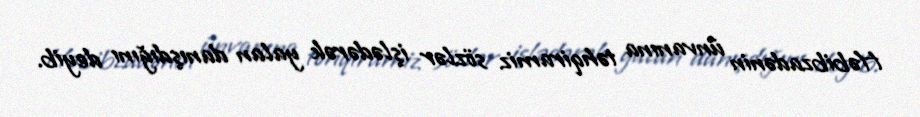
Həbibzadənin ünvanına təhqiramiz sözlər işlədərək yalan danışdığını deyib.